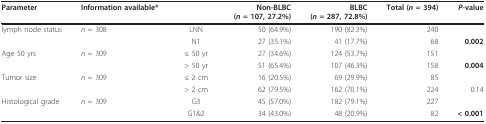
<table><thead><tr><td><b>Parameter</b></td><td><b>Information available*</b></td><td></td><td><b>Non-BLBC(<i>n </i>= 107, 27.2%)</b></td><td><b>BLBC(<i>n </i>= 287, 72.8%)</b></td><td><b>Total (<i>n </i>= 394)</b></td><td><b><i>P</i>-value</b></td></tr></thead><tbody><tr><td>lymph node status</td><td><i>n </i>= 308</td><td>LNN</td><td>50 (64.9%)</td><td>190 (82.3%)</td><td>240</td><td></td></tr><tr><td></td><td></td><td>N1</td><td>27 (35.1%)</td><td>41 (17.7%)</td><td>68</td><td><b>0.002</b></td></tr><tr><td>Age 50 yrs</td><td><i>n </i>= 309</td><td>≤ 50 yr</td><td>27 (34.6%)</td><td>124 (53.7%)</td><td>151</td><td></td></tr><tr><td></td><td></td><td>&gt; 50 yr</td><td>51 (65.4%)</td><td>107 (46.3%)</td><td>158</td><td><b>0.004</b></td></tr><tr><td>Tumor size</td><td><i>n </i>= 309</td><td>≤ 2 cm</td><td>16 (20.5%)</td><td>69 (29.9%)</td><td>85</td><td></td></tr><tr><td></td><td></td><td>&gt; 2 cm</td><td>62 (79.5%)</td><td>162 (70.1%)</td><td>224</td><td>0.14</td></tr><tr><td>Histological grade</td><td><i>n </i>= 309</td><td>G3</td><td>45 (57.0%)</td><td>182 (79.1%)</td><td>227</td><td></td></tr><tr><td></td><td></td><td>G1&amp;2</td><td>34 (43.0%)</td><td>48 (20.9%)</td><td>82</td><td><b>&lt; 0.001</b></td></tr></tbody></table>